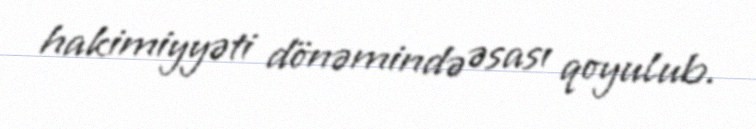
hakimiyyəti dönəmində əsası qoyulub.